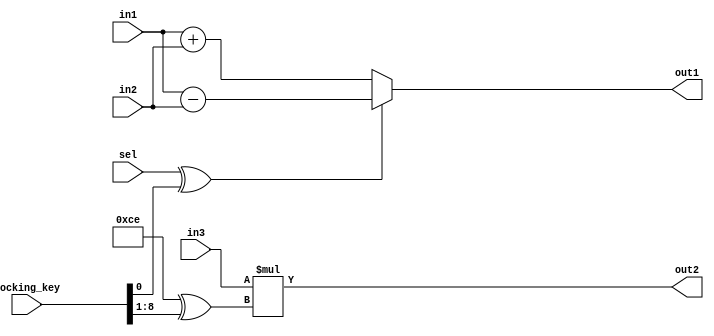
module alu_0_obf
(
  in1,
  in2,
  in3,
  sel,
  out1,
  out2,
  locking_key
);

  input [7:0] in1;
  input [7:0] in2;
  input [7:0] in3;
  input sel;
  output [7:0] out1;
  output [7:0] out2;
  wire [7:0] Const_0;
  input [254:0] locking_key;
  wire [8:0] working_key;
  assign out1 = ((sel ^ working_key[0]) == 1'b1)? in1 - in2 : in1 + in2;
  assign Const_0 = (8'b11001110 ^ working_key[8:1]);
  assign out2 = in3 * Const_0;
  assign working_key = { locking_key[8:0] };

endmodule